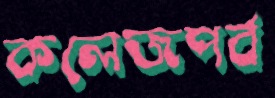
কলেজপর্ব